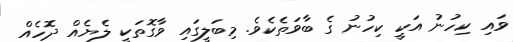
ވައި ކިހުނު އަކީ ކިހުނު ގެ ބާވަތެކެވެ. މިބަލީގައި ވާގޮތަކީ ލެޔެއް ދޮހެއް